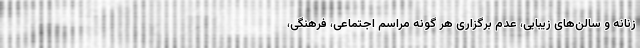
زنانه و سالن‌های زیبایی، عدم برگزاری هر گونه مراسم اجتماعی، فرهنگی،